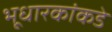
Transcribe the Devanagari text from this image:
भूधारकांकडे